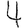
Digit: 4